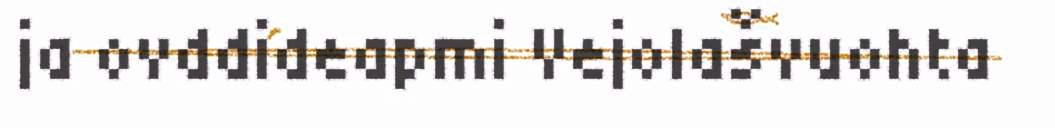
ja ovddideapmi Vejolašvuohta